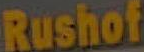
Rushof